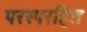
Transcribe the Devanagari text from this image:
परस्परहित